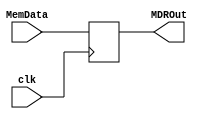
module register#(parameter N=32)
(input clk,
input [N-1:0] MemData,
output reg [N-1:0]MDROut);

always@(posedge clk)
begin

MDROut<=MemData;
end
endmodule